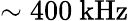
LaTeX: \sim 400~\mathrm{kHz}